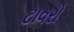
ટાવરો